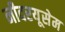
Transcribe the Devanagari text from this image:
नीदरयूसेम